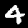
Digit: 4